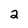
Character: 2